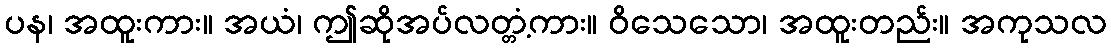
ပန၊ အထူးကား။ အယံ၊ ဤဆိုအပ်လတ္တံ့ကား။ ဝိသေသော၊ အထူးတည်း။ အကုသလ